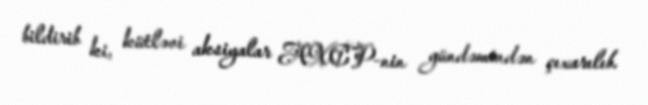
bildirib ki, kütləvi aksiyalar AXCP-nin gündəmindən çıxarılıb.